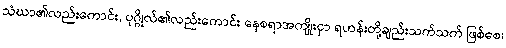
သံဃာ၏လည်းကောင်း, ပုဂ္ဂိုလ်၏လည်းကောင်း နေစရာအကျိုးငှာ ရဟန်းတို့ချည်းသက်သက် ဖြစ်စေ၊